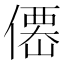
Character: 𠎣